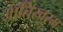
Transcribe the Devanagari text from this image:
जातिस्वरम्